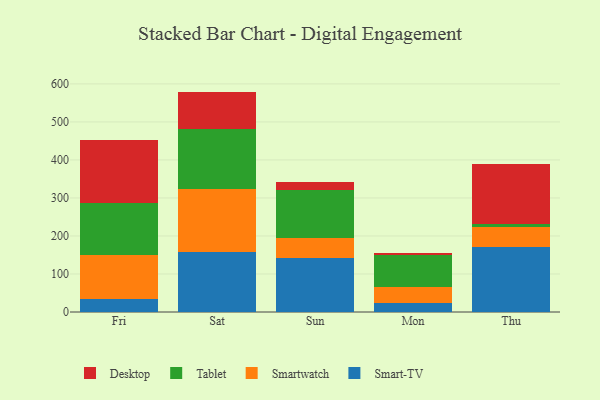
{"axis": {"x": "Day", "y": "Backlog"}, "legend": ["Desktop", "Smart-TV", "Smartwatch", "Tablet"], "data": [{"x": "Fri", "y": 33.0, "type": "Smart-TV"}, {"x": "Fri", "y": 116.9, "type": "Smartwatch"}, {"x": "Fri", "y": 135.6, "type": "Tablet"}, {"x": "Fri", "y": 167.2, "type": "Desktop"}, {"x": "Sat", "y": 158.3, "type": "Smart-TV"}, {"x": "Sat", "y": 166.3, "type": "Smartwatch"}, {"x": "Sat", "y": 156.3, "type": "Tablet"}, {"x": "Sat", "y": 98.9, "type": "Desktop"}, {"x": "Sun", "y": 142.5, "type": "Smart-TV"}, {"x": "Sun", "y": 53.0, "type": "Smartwatch"}, {"x": "Sun", "y": 124.7, "type": "Tablet"}, {"x": "Sun", "y": 22.6, "type": "Desktop"}, {"x": "Mon", "y": 24.1, "type": "Smart-TV"}, {"x": "Mon", "y": 42.1, "type": "Smartwatch"}, {"x": "Mon", "y": 83.0, "type": "Tablet"}, {"x": "Mon", "y": 6.3, "type": "Desktop"}, {"x": "Thu", "y": 171.8, "type": "Smart-TV"}, {"x": "Thu", "y": 52.8, "type": "Smartwatch"}, {"x": "Thu", "y": 7.2, "type": "Tablet"}, {"x": "Thu", "y": 156.8, "type": "Desktop"}]}